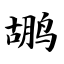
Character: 鹕